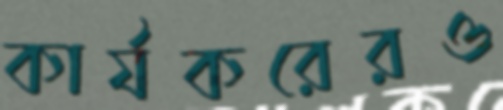
কার্যকরেরও